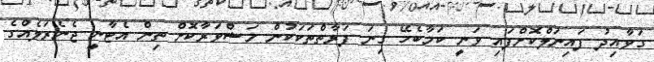
ގަވާއިދު ފައިނަލްކޮށްފައި ވަނީ ކަމާބެހޭ ގިނަ ފަރާތްތަކަކުން މަޝްވަރާކޮށް ތިން އެޓާނީ ޖެނެރަލެއްގެ